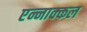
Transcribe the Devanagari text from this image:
एन्नाक्कल